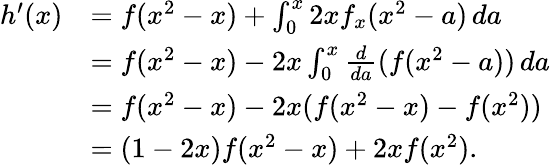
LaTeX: \begin{array}{rl}{h^{\prime}(x)}&{=f(x^{2}-x)+\int_{0}^{x}2xf_{x}(x^{2}-a)\, da}\\ &{=f(x^{2}-x)-2x\int_{0}^{x}\frac{d}{da}(f(x^{2}-a))\, da}\\ &{=f(x^{2}-x)-2x(f(x^{2}-x)-f(x^{2}))}\\ &{=(1-2x)f(x^{2}-x)+2xf(x^{2}).}\end{array}